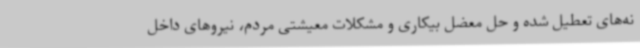
نه‌های تعطیل شده و حل معضل بیکاری و مشکلات معیشتی مردم، نیروهای داخل